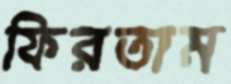
ফিরতাম